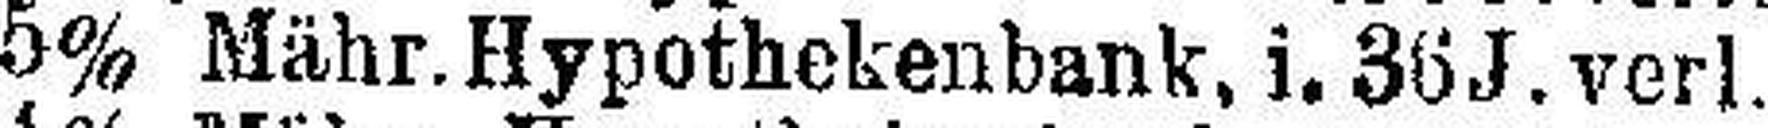
5% Mähr. Hypothekenbank, i. 36 J. verl.